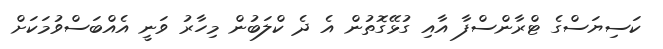
ކަސިޔަސްގެ ޓްރާންސްފާ އާއި ގުޅޭގޮތުން އެ ދެ ކްލަބުން މިހާރު ވަނީ އެއްބަސްވުމަކަށް